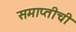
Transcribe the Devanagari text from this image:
समाप्तीची